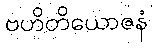
ဗဟိတိယောဇနံ